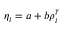
\begin{array} { r } { \eta _ { i } = a + b \rho _ { i } ^ { \gamma } } \end{array}